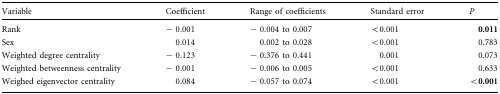
<table><thead><tr><td><b>Variable</b></td><td><b>Coefficient</b></td><td><b>Range of coefficients</b></td><td><b>Standard error</b></td><td><b><i>P</i></b></td></tr></thead><tbody><tr><td>Rank</td><td>− 0.001</td><td>− 0.004 to 0.007</td><td>&lt;0.001</td><td><b>0.011</b></td></tr><tr><td>Sex</td><td>0.014</td><td>0.002 to 0.028</td><td>&lt;0.001</td><td>0.783</td></tr><tr><td>Weighted degree centrality</td><td>− 0.123</td><td>− 0.376 to 0.441</td><td>0.001</td><td>0.073</td></tr><tr><td>Weighted betweenness centrality</td><td>− 0.001</td><td>− 0.006 to 0.005</td><td>&lt;0.001</td><td>0.633</td></tr><tr><td>Weighed eigenvector centrality</td><td>0.084</td><td>− 0.057 to 0.074</td><td>&lt;0.001</td><td><b>&lt;0.001</b></td></tr></tbody></table>